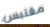
مقتبس